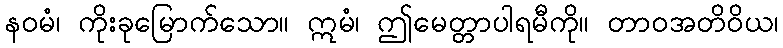
နဝမံ၊ ကိုးခုမြောက်သော။ ဣမံ၊ ဤမေတ္တာပါရမီကို။ တာဝအတိဝိယ၊